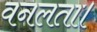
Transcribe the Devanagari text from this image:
वनलता।